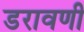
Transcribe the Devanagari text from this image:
डरावणी